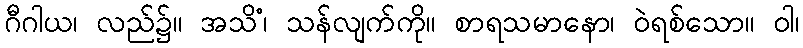
ဂီဂါယ၊ လည်၌။ အသိံ၊ သန်လျက်ကို။ စာရသမာနော၊ ဝဲရစ်သော။ ဝါ၊